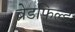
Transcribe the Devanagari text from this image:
ब्रेडफिल्ड